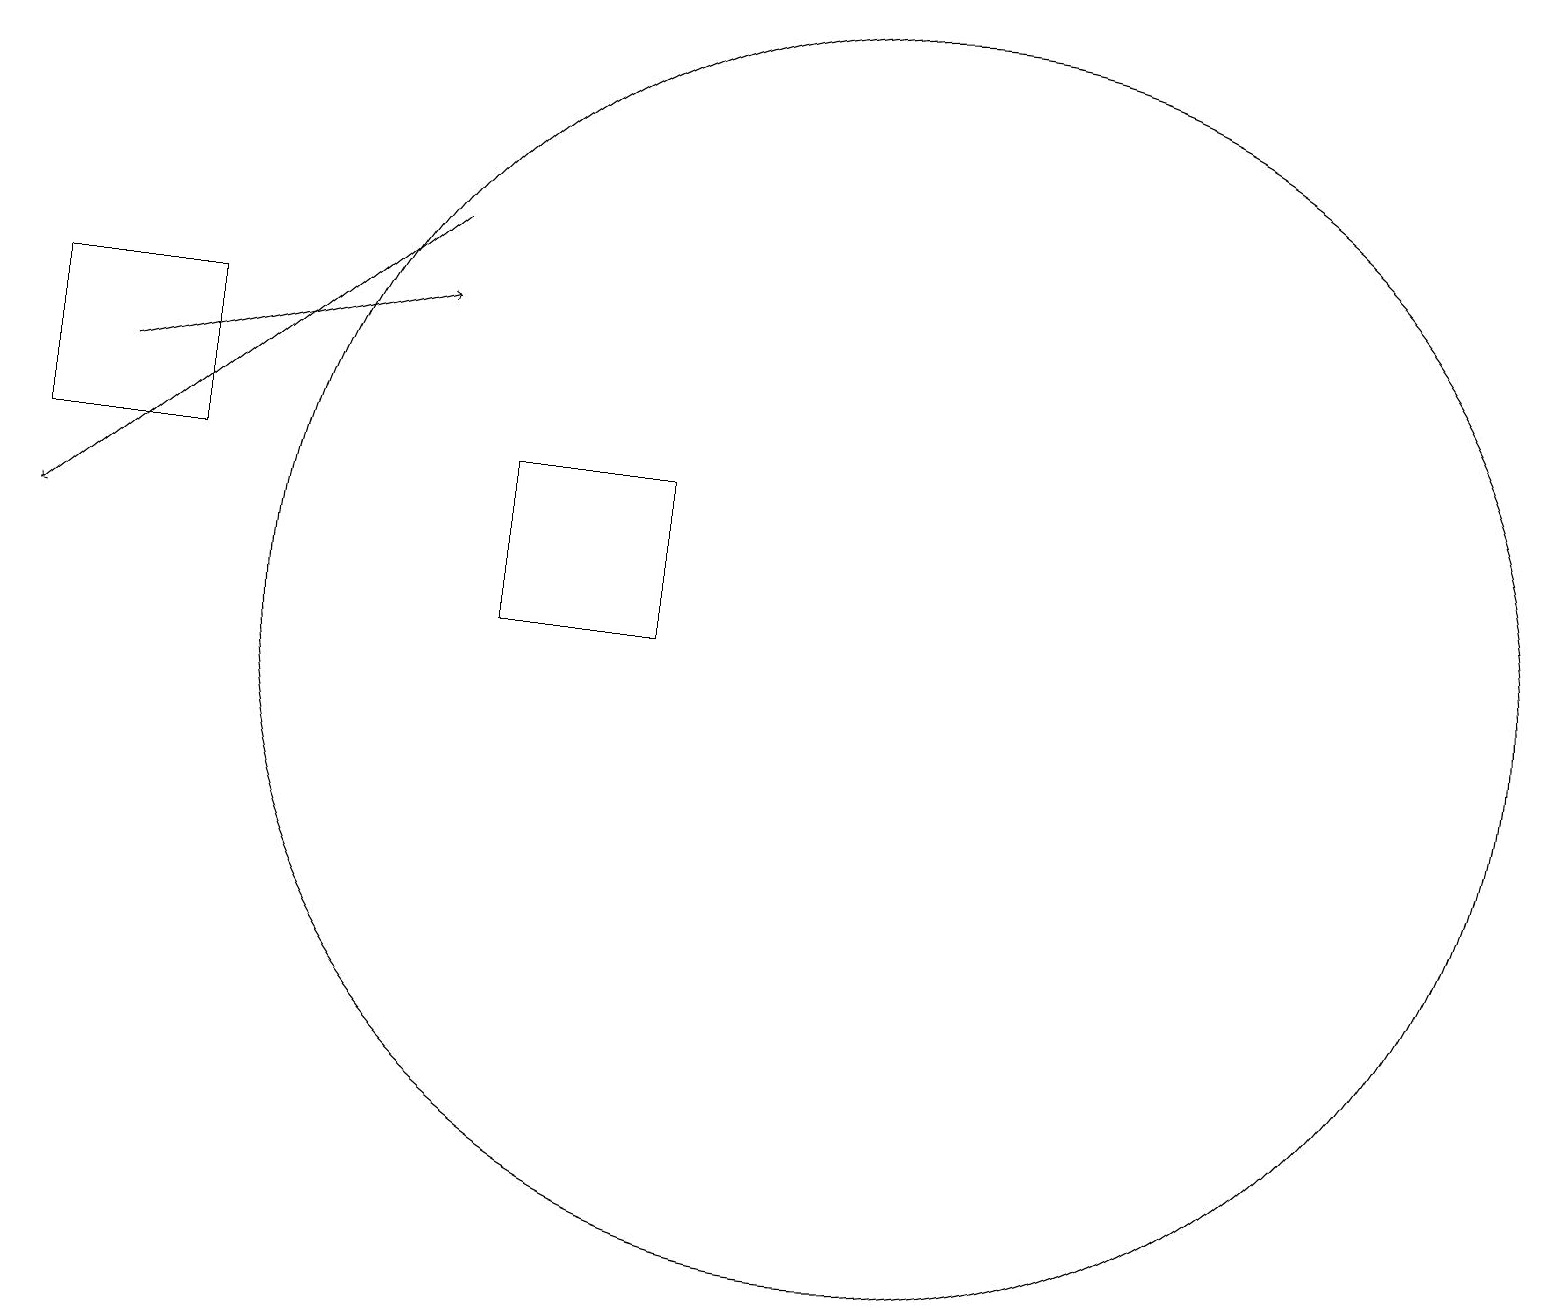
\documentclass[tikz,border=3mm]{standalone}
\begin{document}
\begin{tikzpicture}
\draw (2,12) rectangle (0,14);
\draw (8,10) rectangle (6,12);
\draw[->] (5,15) -- (0,11);
\draw (11,10) circle (8);
\draw[->] (1,13) -- (5,14);
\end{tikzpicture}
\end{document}